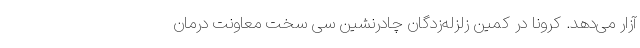
آزار می‌دهد. کرونا در کمین زلزله‌زدگان چادرنشین سی سخت معاونت درمان